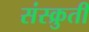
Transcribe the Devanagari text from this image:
संस्क्रुती